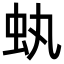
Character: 𧈮